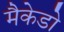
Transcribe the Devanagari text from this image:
मैकेडो